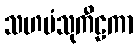
သဟပံသုကီဠကာ